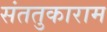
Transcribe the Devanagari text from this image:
संततुकाराम